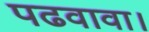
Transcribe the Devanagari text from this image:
पढवावा।